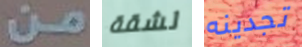
من لشقة تجدينه